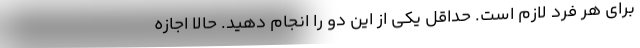
برای هر فرد لازم است. حداقل یکی از این دو را انجام دهید. حالا اجازه